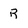
Character: R